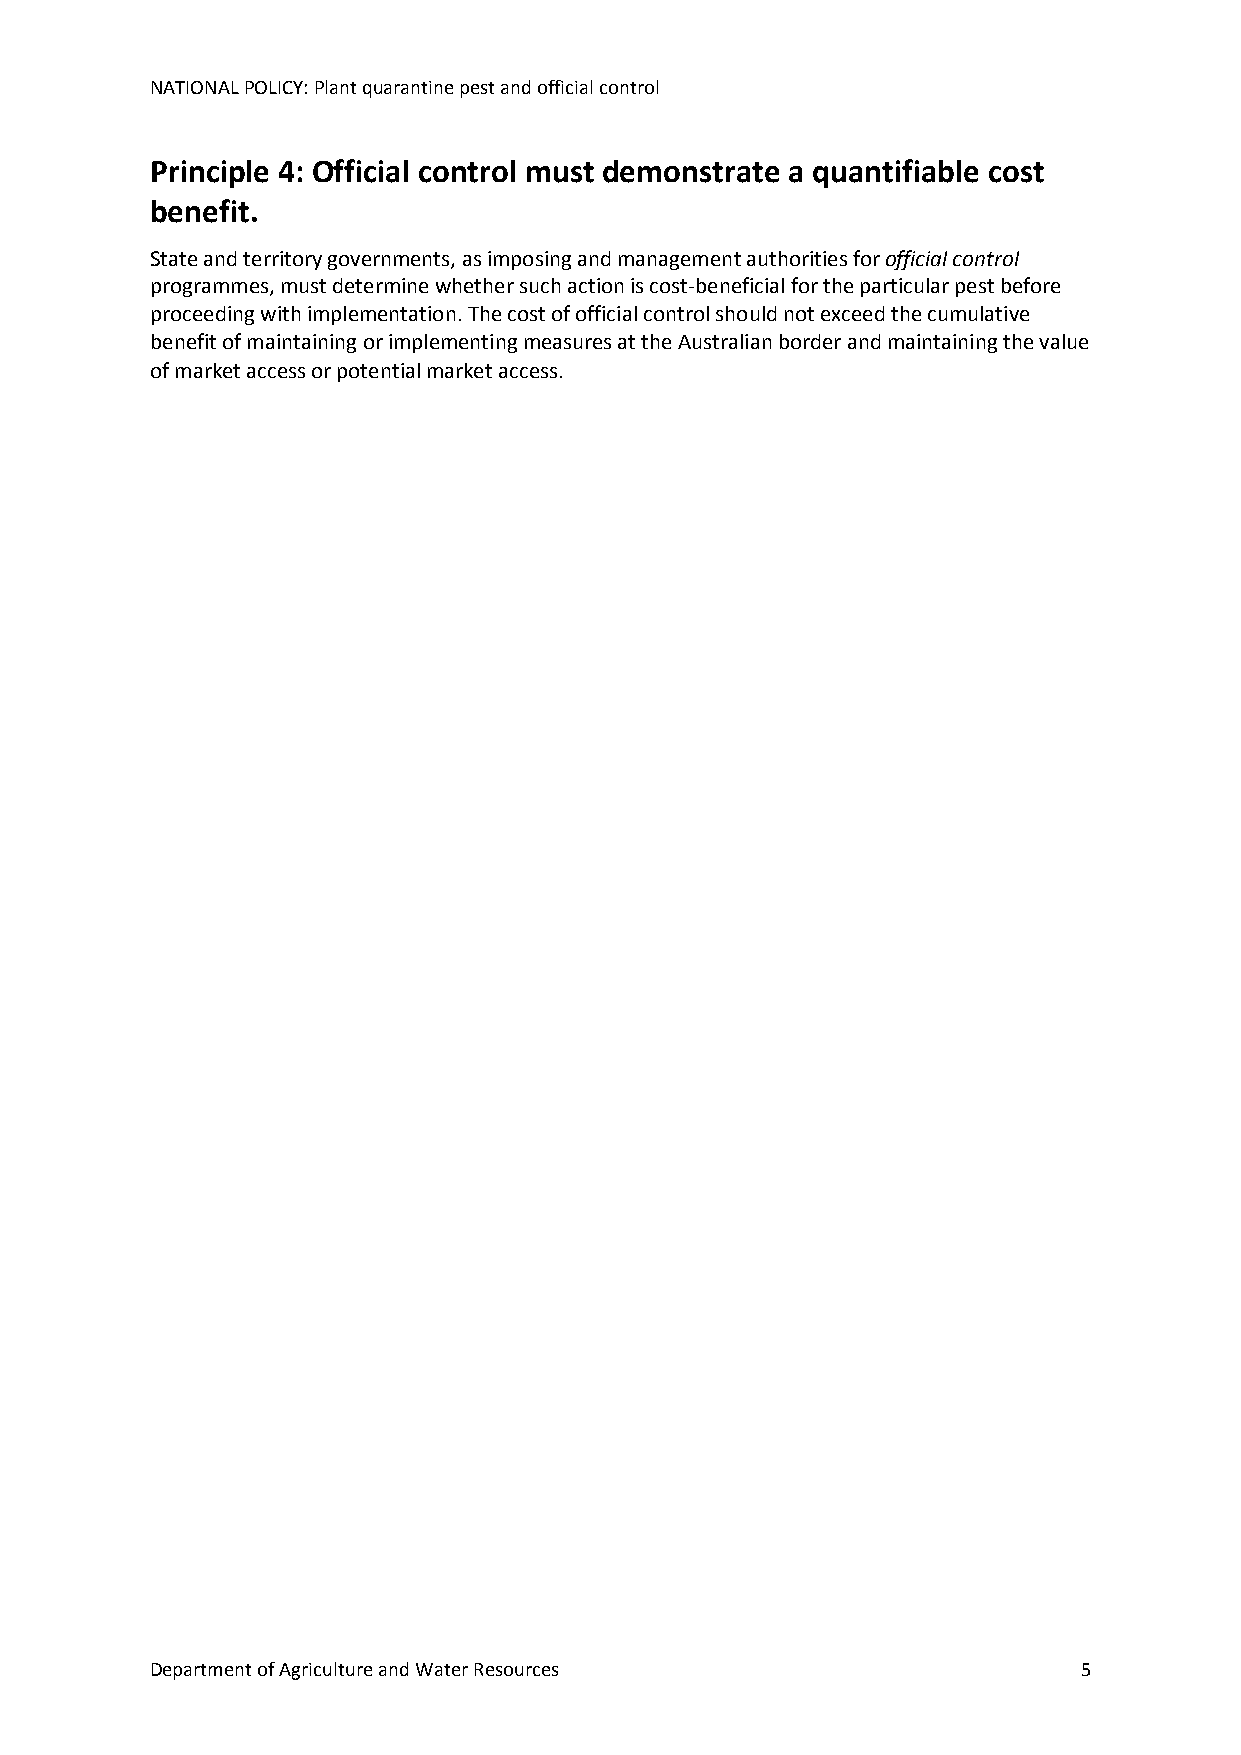
NATIONAL POLICY: Plant quarantine pest and official control
 Principle 4: Official control must demonstrate a quantifiable cost
 benefit.
 State and territory governments, as imposing and management authorities for official control
 programmes, must determine whether such action is cost-beneficial for the particular pest before
 proceeding with implementation. The cost of official control should not exceed the cumulative
 benefit of maintaining or implementing measures at the Australian border and maintaining the value
 of market access or potential market access.
 Department of Agriculture and Water Resources                 5